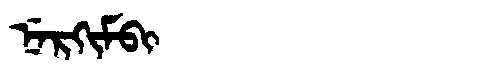
Manchu: ᠨᡝᡵᡴᡳᠮᠪᡳ
Romanization: NERKIMBI